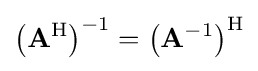
\left(\mathbf {A} ^{\mathrm {H} }\right)^{-1}=\left(\mathbf {A} ^{-1}\right)^{\mathrm {H} }